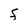
Character: F